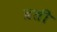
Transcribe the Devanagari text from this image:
ब्रती